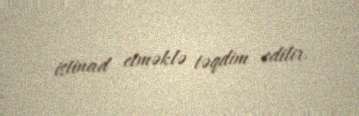
istinad etməklə təqdim edilir.